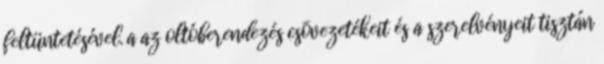
feltüntetésével. a az oltóberendezés csõvezetékeit és a szerelvényeit tisztán